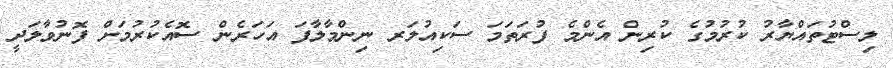
ލިސްޓުތައްޔާރު ކުރުމުގެ ކުރިން އެންމެ ފުރަތަމަ ސަކިއުލަރ ނިންމާލާފަ އަހަރެން ސޮއެކުރުމަށް ފޮނުވާލަދީ